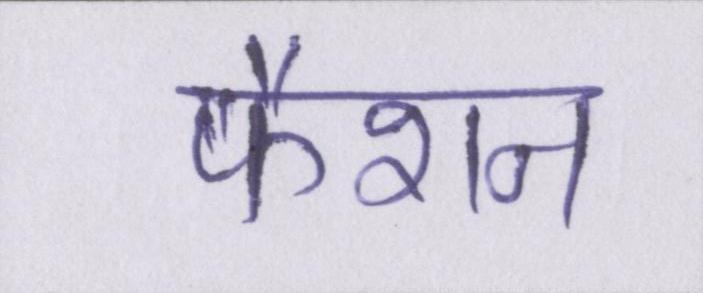
फैशन